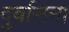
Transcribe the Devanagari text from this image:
दुर्वासना